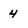
Character: 4